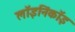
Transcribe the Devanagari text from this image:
लॉइनिंकॉइ